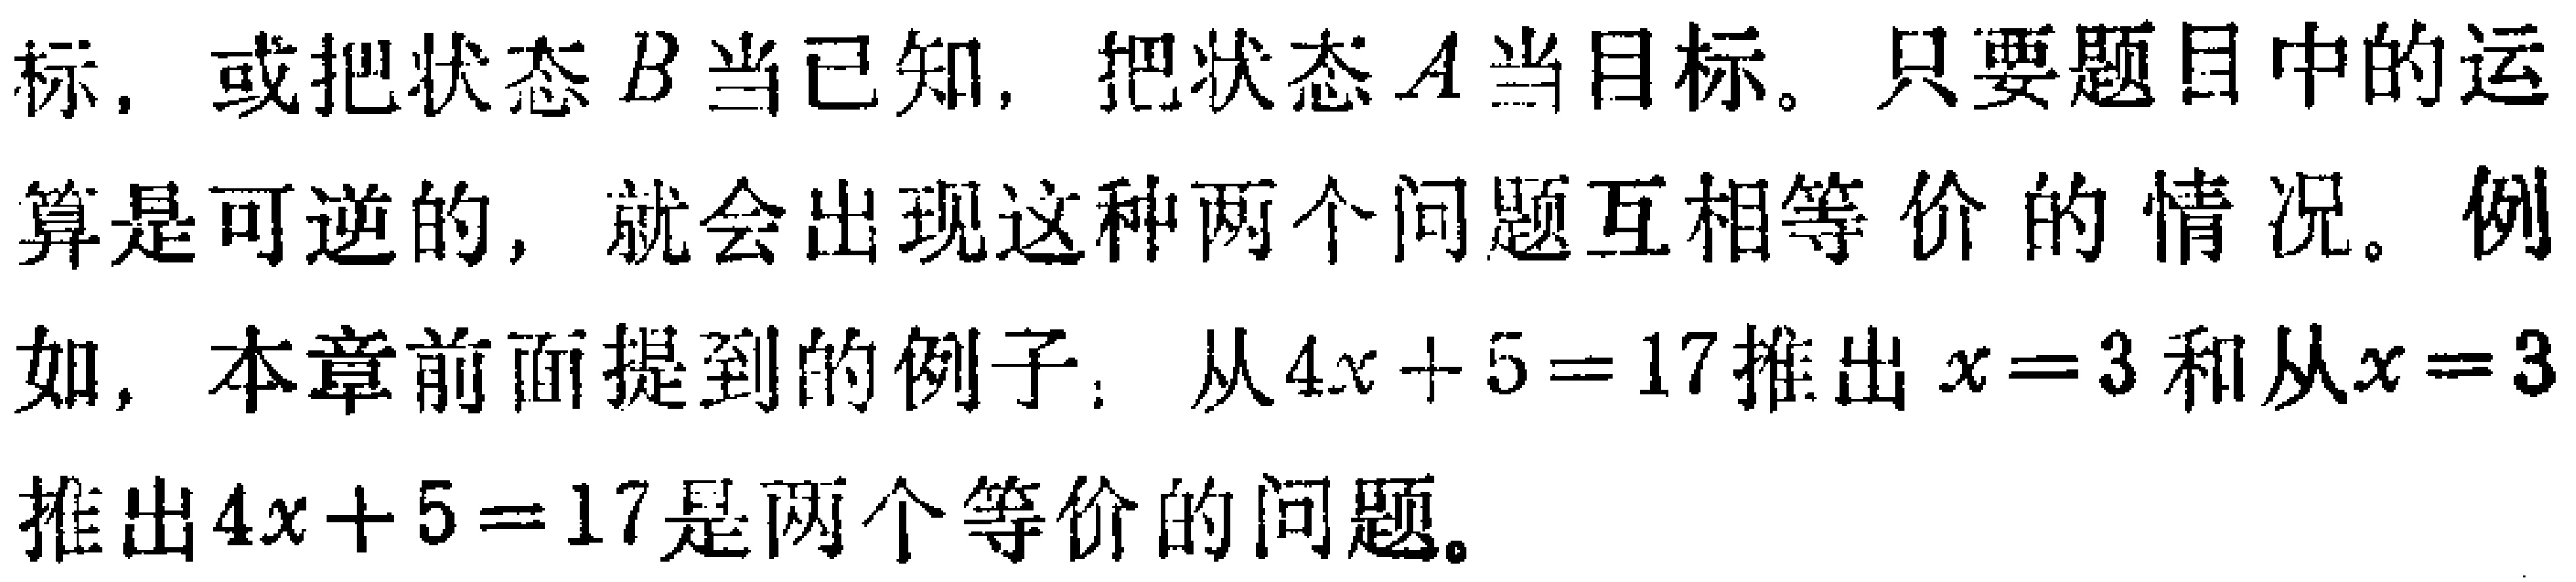
标，或把状态\(B\)当已知，把状态\(A\)当目标。只要题目中的运算是可逆的，就会出现这种两个问题互相等价的情况。例如，本章前面提到的例子：从\(4x + 5 = 17\)推出\(x = 3\)和从\(x = 3\)推出\(4x + 5 = 17\)是两个等价的问题。